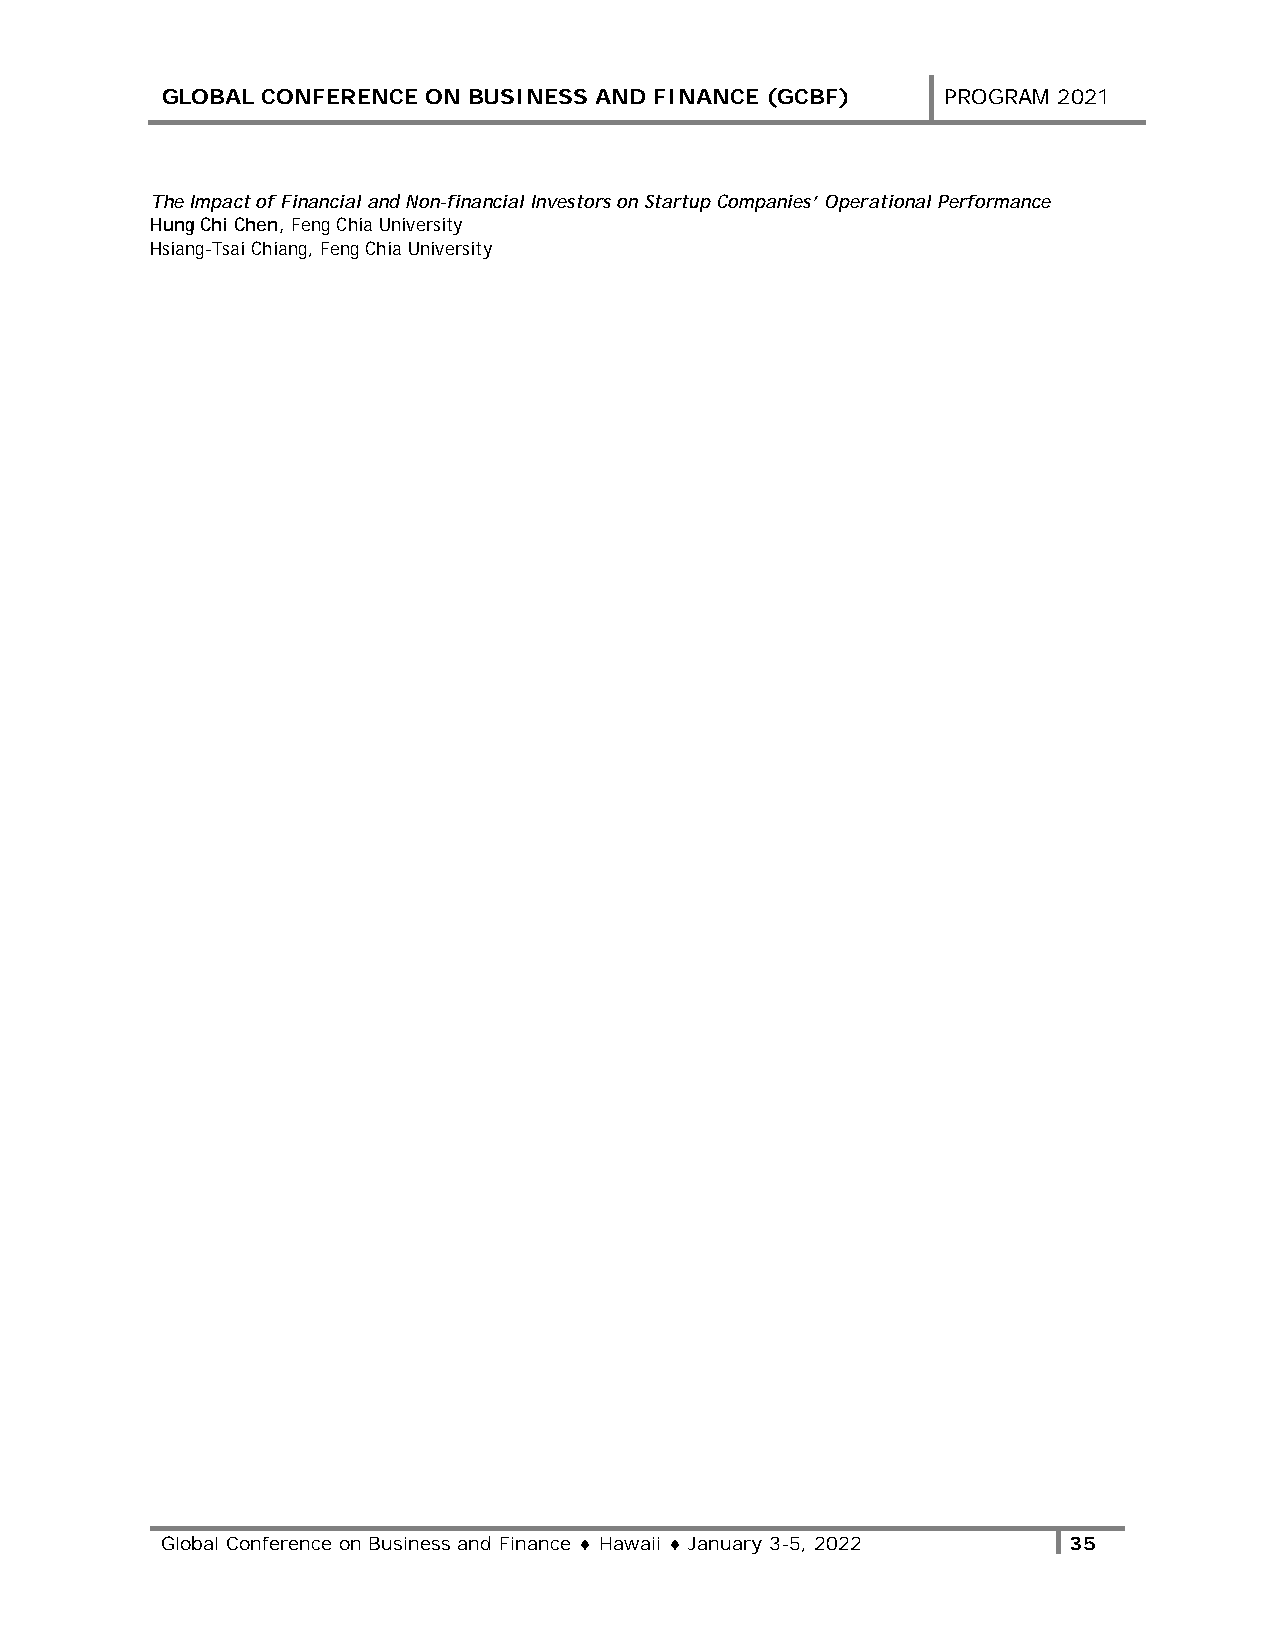
GLOBAL CONFERENCE ON BUSINESS AND FINANCE (GCBF)   PROGRAM 2021
 The Impact of Financial and Non-financial Investors on Startup Companies’ Operational Performance
 Hung Chi Chen, Feng Chia University
 Hsiang-Tsai Chiang, Feng Chia University
 Global Conference on Business and Finance ♦ Hawaii ♦ January 3-5, 2022 35